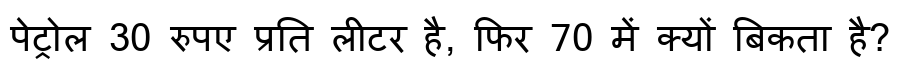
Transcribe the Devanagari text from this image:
पेट्रोल 30 रुपए प्रति लीटर है, फिर 70 में क्यों बिकता है?